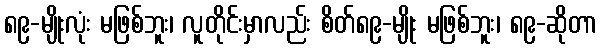
၈၉-မျိုးလုံး မဖြစ်ဘူး၊ လူတိုင်းမှာလည်း စိတ်၈၉-မျိုး မဖြစ်ဘူး၊ ၈၉-ဆိုတာ